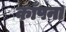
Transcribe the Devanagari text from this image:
काँपना